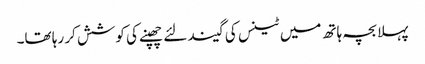
پہلا بچہ ہاتھ میں ٹینس کی گیند لئے چھپنے کی کوشش کر رہا تھا۔